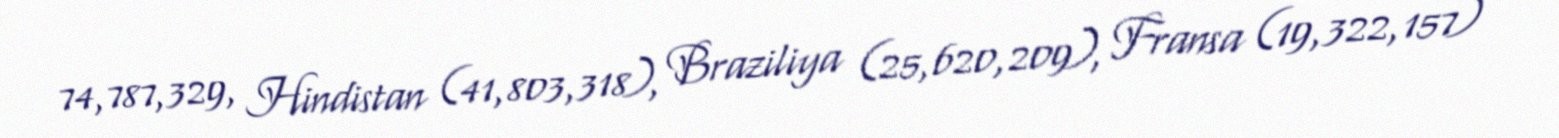
74,787,329, Hindistan (41,803,318), Braziliya (25,620,209), Fransa (19,322,157)